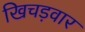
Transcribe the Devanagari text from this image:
खिचड़वार